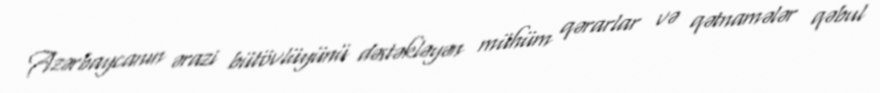
Azərbaycanın ərazi bütövlüyünü dəstəkləyən mühüm qərarlar və qətnamələr qəbul